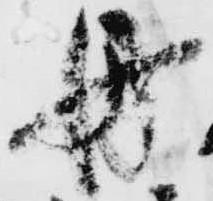
丹